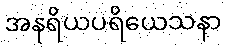
အနရိယပရိယေသနာ